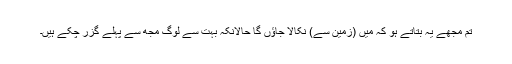
تم مجھے یہ بتاتے ہو کہ میں (زمین سے) نکالا جاؤں گا حالانکہ بہت سے لوگ مجھ سے پہلے گزر چکے ہیں۔